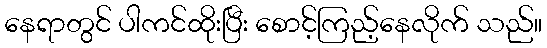
နေရာတွင် ပါကင်ထိုးပြီး စောင့်ကြည့်နေလိုက် သည်။